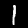
Digit: 1